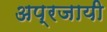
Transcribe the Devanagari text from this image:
अप्रजायी